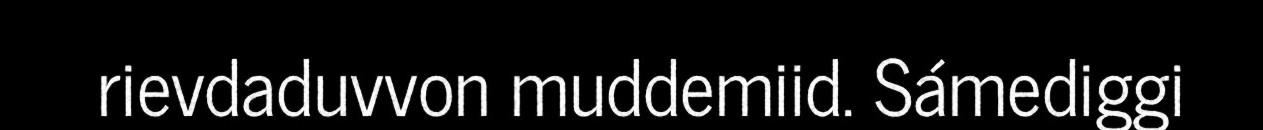
rievdaduvvon muddemiid. Sámediggi